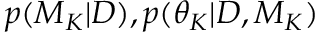
p ( M _ { K } | D ) , p ( \theta _ { K } | D , M _ { K } )